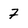
Character: 7